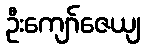
ဦးကျော်ဇေယျ